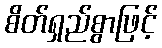
စိတ်ရှည်စွာဖြင့်